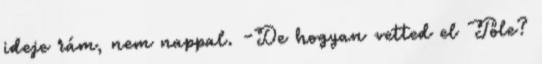
ideje rám, nem nappal. -De hogyan vetted el Tőle?